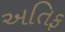
અતિફ